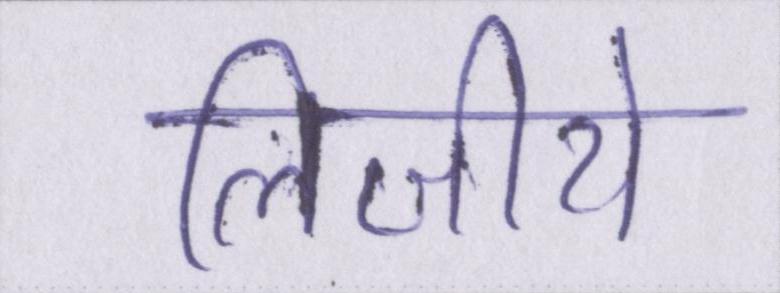
लिजीये